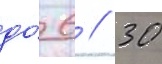
до́ 6 // 30